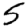
Digit: 5